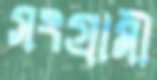
সংগ্রামী